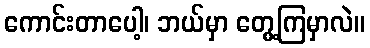
ကောင်းတာပေါ့၊ ဘယ်မှာ တွေ့ကြမှာလဲ။